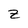
Character: z